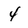
Character: 4